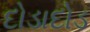
દોડાદોડ